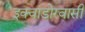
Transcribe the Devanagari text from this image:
इक्वाडोरवासी